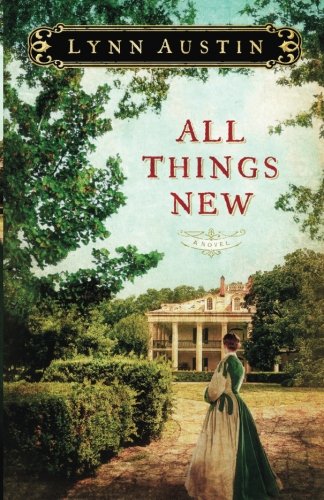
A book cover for All Things New; Lynn Austin; Literature & Fiction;